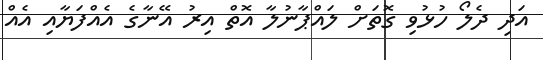
އަދި ދެލޯ ހުޅުވި ގޮތަށް ލައްޕާނުލާ އޮތް އިރު އޭނާގެ އެއްފަޔާއި އެއް